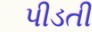
પીડતી